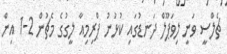
ޗެލްސީ ވަނީ ލިވަޕޫލް ދަނޑުގައި ކުޅުނު ޕްރިމިއާ ލީގުގެ މެޗުން 2-1 އިން